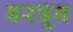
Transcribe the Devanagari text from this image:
बरवून